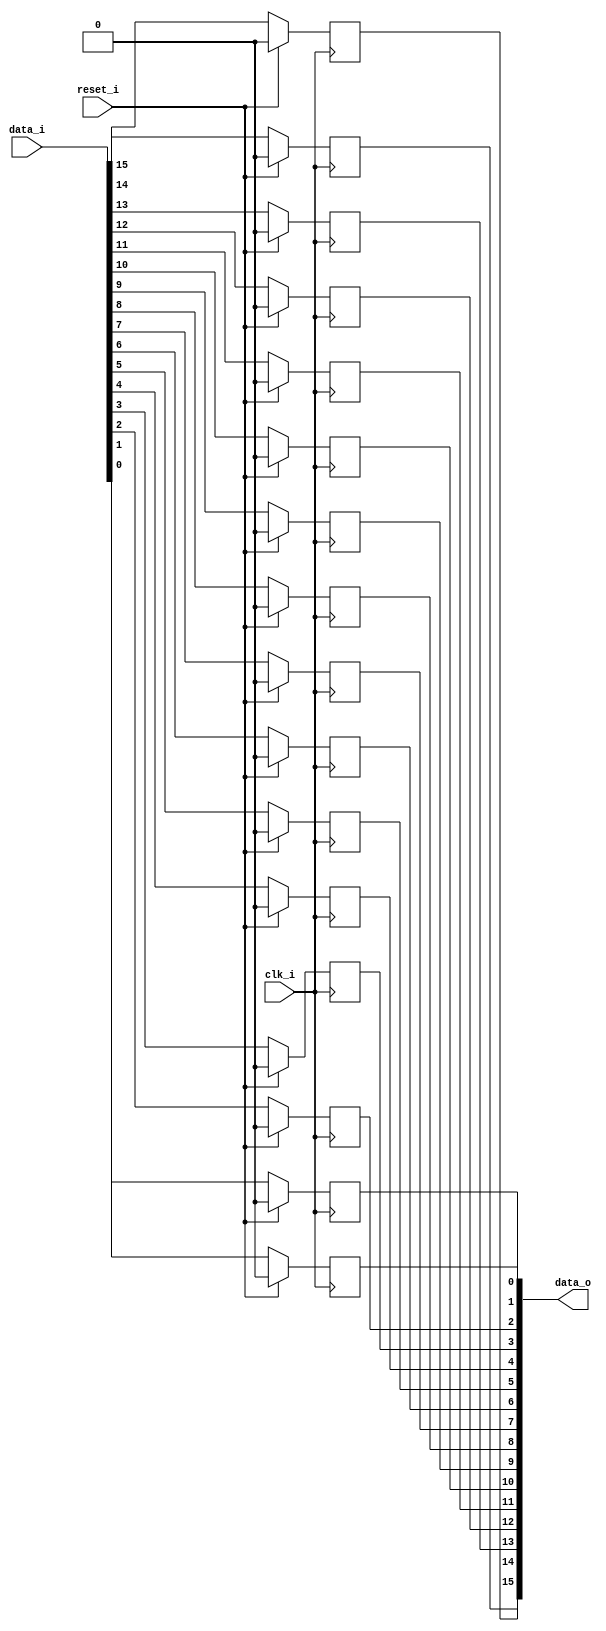
/* Generated by Yosys 0.27+9 (git sha1 101d19bb6, gcc 11.2.0-7ubuntu2 -fPIC -Os) */

(* top =  1  *)

module bsg_dff_reset(clk_i, reset_i, data_i, data_o);
  
  input clk_i;
  wire clk_i;
  
  input [15:0] data_i;
  wire [15:0] data_i;
  
  output [15:0] data_o;
  wire [15:0] data_o;
  
  reg [15:0] data_r;
  
  input reset_i;
  wire reset_i;
  
  always @(posedge clk_i)
    if (reset_i) data_r[0] <= 1'h0;
    else data_r[0] <= data_i[0];
  
  always @(posedge clk_i)
    if (reset_i) data_r[1] <= 1'h0;
    else data_r[1] <= data_i[1];
  
  always @(posedge clk_i)
    if (reset_i) data_r[2] <= 1'h0;
    else data_r[2] <= data_i[2];
  
  always @(posedge clk_i)
    if (reset_i) data_r[3] <= 1'h0;
    else data_r[3] <= data_i[3];
  
  always @(posedge clk_i)
    if (reset_i) data_r[4] <= 1'h0;
    else data_r[4] <= data_i[4];
  
  always @(posedge clk_i)
    if (reset_i) data_r[5] <= 1'h0;
    else data_r[5] <= data_i[5];
  
  always @(posedge clk_i)
    if (reset_i) data_r[6] <= 1'h0;
    else data_r[6] <= data_i[6];
  
  always @(posedge clk_i)
    if (reset_i) data_r[7] <= 1'h0;
    else data_r[7] <= data_i[7];
  
  always @(posedge clk_i)
    if (reset_i) data_r[8] <= 1'h0;
    else data_r[8] <= data_i[8];
  
  always @(posedge clk_i)
    if (reset_i) data_r[9] <= 1'h0;
    else data_r[9] <= data_i[9];
  
  always @(posedge clk_i)
    if (reset_i) data_r[10] <= 1'h0;
    else data_r[10] <= data_i[10];
  
  always @(posedge clk_i)
    if (reset_i) data_r[11] <= 1'h0;
    else data_r[11] <= data_i[11];
  
  always @(posedge clk_i)
    if (reset_i) data_r[12] <= 1'h0;
    else data_r[12] <= data_i[12];
  
  always @(posedge clk_i)
    if (reset_i) data_r[13] <= 1'h0;
    else data_r[13] <= data_i[13];
  
  always @(posedge clk_i)
    if (reset_i) data_r[14] <= 1'h0;
    else data_r[14] <= data_i[14];
  
  always @(posedge clk_i)
    if (reset_i) data_r[15] <= 1'h0;
    else data_r[15] <= data_i[15];
  assign data_o = data_r;
endmodule